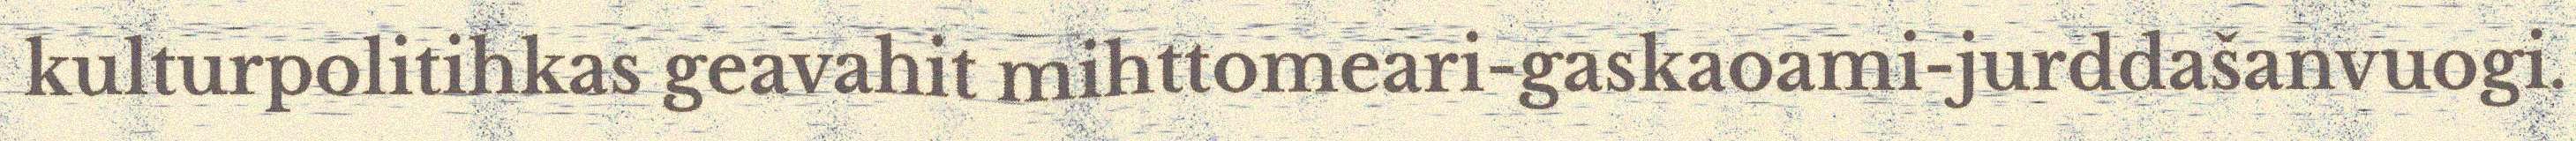
kulturpolitihkas geavahit mihttomeari-gaskaoami-jurddašanvuogi.